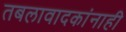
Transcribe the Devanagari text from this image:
तबलावादकांनाही